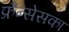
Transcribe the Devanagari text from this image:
फ्रैन्सेसका